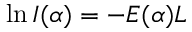
\ln { \cal I } ( \alpha ) = - E ( \alpha ) L